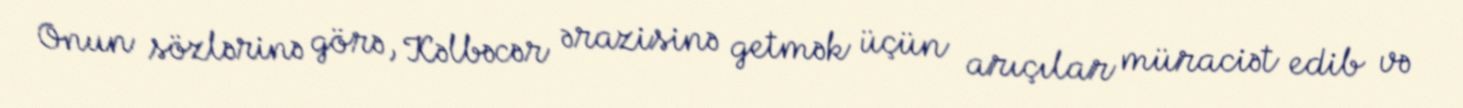
Onun sözlərinə görə, Kəlbəcər ərazisinə getmək üçün arıçılar müraciət edib və